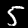
Label: 5